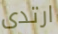
ارتدى